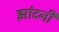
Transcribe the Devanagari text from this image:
झांदनी